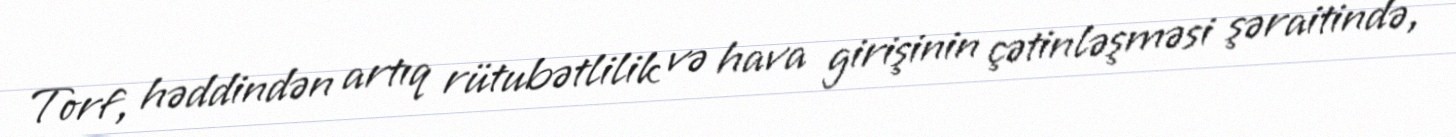
Torf, həddindən artıq rütubətlilik və hava girişinin çətinləşməsi şəraitində,